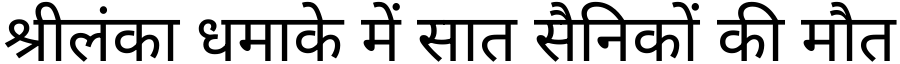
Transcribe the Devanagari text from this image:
श्रीलंका धमाके में सात सैनिकों की मौत